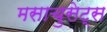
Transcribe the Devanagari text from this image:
मसाचुसेट्स